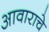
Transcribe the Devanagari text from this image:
आवाराचे